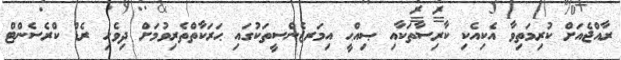
ރާއްޖެއަށް ކުރިމަތިވާ އެކިއެކި ކާރިސާތަކާއި ޞިއްޙީ އިމަރޖެންސީތަކުގައި ޙަރަކާތްތެރިވުމަށް ދިވެހި ރެޑް ކްރެސެންޓް